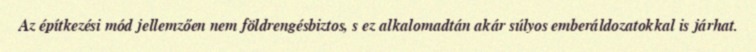
Az építkezési mód jellemzően nem földrengésbiztos, s ez alkalomadtán akár súlyos emberáldozatokkal is járhat.